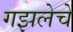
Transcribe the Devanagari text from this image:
गझलेचे